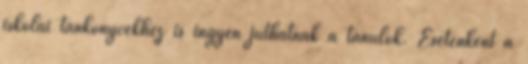
iskolai tankönyvekhez is ingyen juthatnak a tanulók. Esetenként a